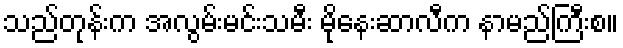
သည်တုန်းက အလွမ်းမင်းသမီး မိုနေးဆာလီက နာမည်ကြီးစ။